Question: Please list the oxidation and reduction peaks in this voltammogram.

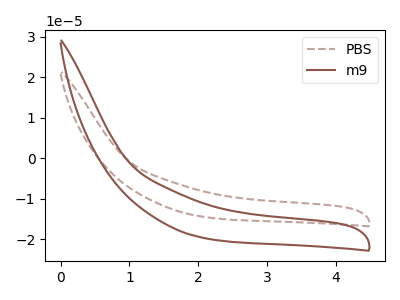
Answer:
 <answer>The brown dashed curve "PBS" has no peaks. The brown curve "m9" has no peaks.</answer>
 <eval></eval>